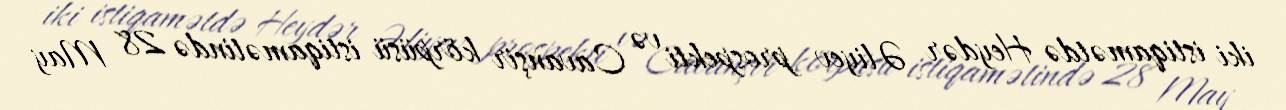
iki istiqamətdə Heydər Əliyev prospekti və Cavanşir körpüsü istiqamətində 28 May